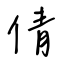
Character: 倩